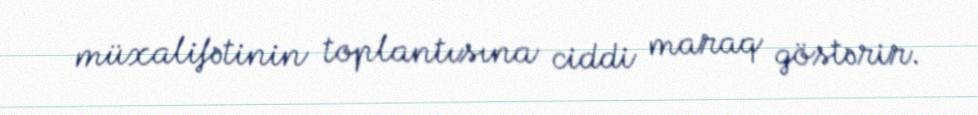
müxalifətinin toplantısına ciddi maraq göstərir.